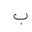
Letter: _ba